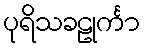
ပုရိသခဠုင်္ကာ